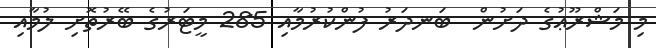
މި މަޝްރޫޢުގެ ދަށުން  ބަނދަރު ފުންކުރުމާއި 285 މީޓަރުގެ ބޭރުތޮށި ލުމާއި